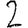
Digit: 2